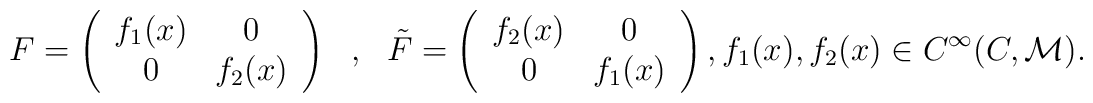
F = \left(\begin{array}{cc}  f_1(x) & 0 \\  0      & f_2(x)\end{array}\right) ~~,~~ {\tilde F} = \left( \begin{array}{cc}  f_2(x) & 0 \\  0 & f_1(x)\end{array} \right), f_1(x), f_2(x) \in C^\infty( C, {\cal M}).